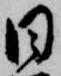
日